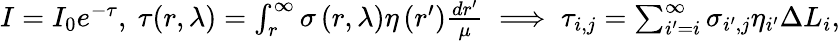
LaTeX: \begin{array}{r}{I=I_{0}e^{-\tau},\ \tau(r,\lambda)=\int_{r}^{\infty}\sigma\left(r,\lambda\right)\eta\left(r^{\prime}\right)\frac{dr^{\prime}}{\mu}\implies\tau_{i,j}=\sum_{i^{\prime}=i}^{\infty}\sigma_{i^{\prime},j}\eta_{i^{\prime}}\Delta L_{i},}\end{array}